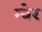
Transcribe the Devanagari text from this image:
ग्येर